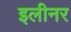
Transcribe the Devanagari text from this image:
इलीनर